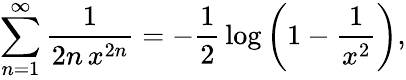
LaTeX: \sum_{n=1}^{\infty}{\frac{1}{2n\, x^{2n}}}=-{\frac{1}{2}}\log\left(1-{\frac{1}{x^{2}}}\right),